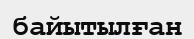
байытылған